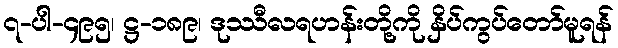
၇-ပါ-၄၉၅၊ ဋ္ဌ-၁၈၉၊ ဒုဿီလရဟန်းတို့ကို နှိပ်ကွပ်တော်မူရန်